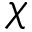
\chi